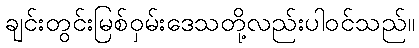
ချင်းတွင်းမြစ်ဝှမ်းဒေသတို့လည်းပါဝင်သည်။